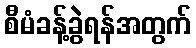
စီမံခန့်ခွဲရန်အတွက်